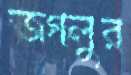
জগলুর